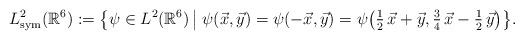
LaTeX: \begin{align*} L^2_{\mathrm{sym}}(\mathbb{R}^6):=\left\{\psi\in L^2(\mathbb{R}^6)\,\big|\;\psi(\vec{x},\vec{y})=\psi(-\vec{x},\vec{y})=\psi\!\left(\tfrac{1}{2}\,\vec{x}+\vec{y},\tfrac{3}{4}\,\vec{x}-\tfrac{1}{2}\,\vec{y}\right)\right\}\!.\end{align*}